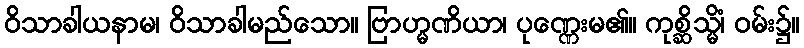
ဝိသာခါယနာမ၊ ဝိသာခါမည်သော။ ဗြာဟ္မဏိယာ၊ ပုဏ္ဏေးမ၏။ ကုစ္ဆိသ္မိံ၊ ဝမ်း၌။